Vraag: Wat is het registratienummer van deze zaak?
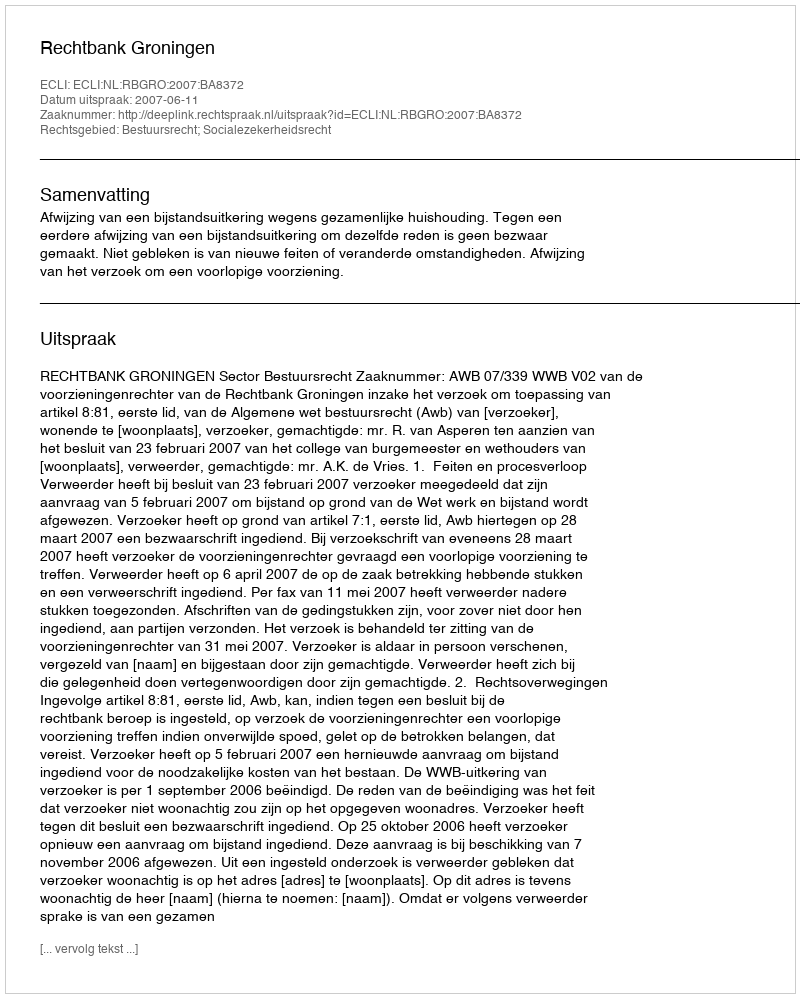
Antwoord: http://deeplink.rechtspraak.nl/uitspraak?id=ECLI:NL:RBGRO:2007:BA8372